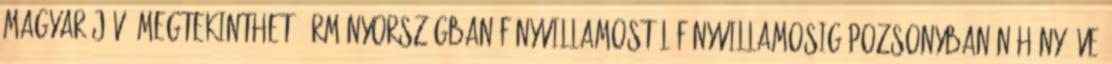
magyar jövő megtekinthető Örményországban Fényvillamostól fényvillamosig Pozsonyban Néhány éve